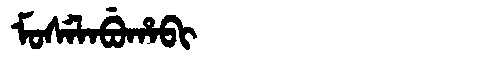
Manchu: ᠮᠣᠰᡝᠯᠠᠪᡠᡥᠠᠪᡳ
Romanization: MOSELABUHABI